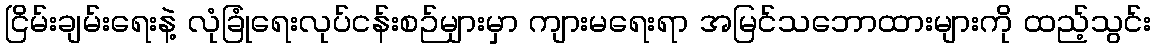
ငြိမ်းချမ်းရေးနဲ့ လုံခြုံရေးလုပ်ငန်းစဉ်များမှာ ကျားမရေးရာ အမြင်သဘောထားများကို ထည့်သွင်း